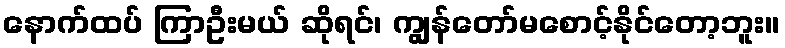
နောက်ထပ် ကြာဦးမယ် ဆိုရင်၊ ကျွန်တော်မစောင့်နိုင်တော့ဘူး။